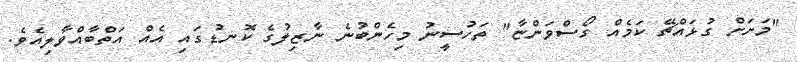
"މަށަށް ގުޅައްޗޭ ކަމެއް ގޯސްވަންޏާ" ތަހުސީނު މިހެންބުނެ ނާޒިލުގެ ކޮނޑުގައި އެއް އަތްބާއްވާލިއެވެ.